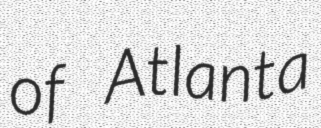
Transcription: of Atlanta